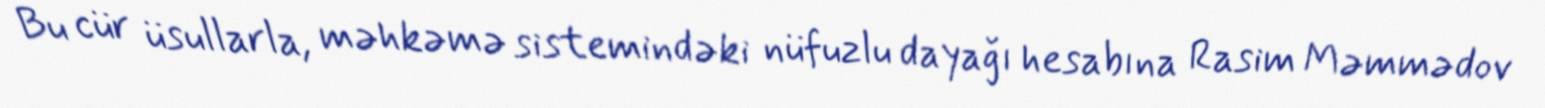
Bu cür üsullarla, məhkəmə sistemindəki nüfuzlu dayağı hesabına Rasim Məmmədov